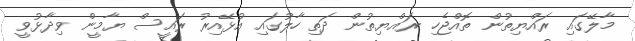
މާލޭގައި ރައްޔިތުން ތޮއްޖެހި ރައްޔިތުން ދަތި ހާލުގައި އުޅޭއިރު ރައީސް ޔާމީން ވިދާޅުވީ